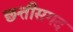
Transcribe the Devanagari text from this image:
छत्तीसगद